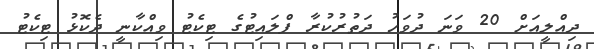
ދިއްލީއަށް 20 ވަނަ ދުވަހު ދަތުރުކުރާ ފްލައިޓުގެ ޓިކެޓު ވިއްކާނީ ދެކޮޅު ޓިކެޓު